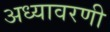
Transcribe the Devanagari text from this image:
अध्यावरणी